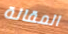
المقالة